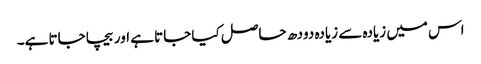
اس میں زیادہ سے زیادہ دودھ حاصل کیا جاتا ہے اور بیچا جاتا ہے۔